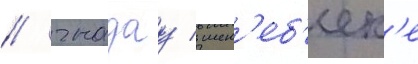
/ гнадау / шен'еб'ек'е